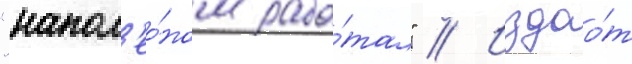
"напол'ео́ном рабо́тал" // Издао́т